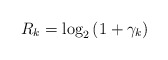
\begin{align*} R_{k}=\log_2\left(1+\gamma_{k}\right)\end{align*}